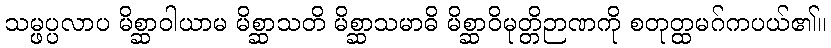
သမ္ဖပ္ပလာပ မိစ္ဆာဝါယာမ မိစ္ဆာသတိ မိစ္ဆာသမာဓိ မိစ္ဆာဝိမုတ္တိဉာဏကို စတုတ္ထမဂ်ကပယ်၏။